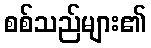
စစ်သည်များ၏